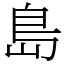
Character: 島